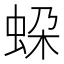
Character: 𧊱